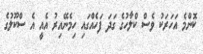
ކޮންމެ އަހަރަކު ވެސް ކްލާހުގެ ގަދަ ފަހެއްގައި ހިމެނޭއިރު އެއީ އެ ސްކޫލުގެ